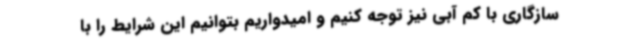
سازگاری با کم آبی نیز توجه کنیم و امیدواریم بتوانیم این شرایط را با